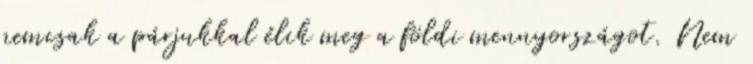
nemcsak a párjukkal élik meg a földi mennyországot. Nem